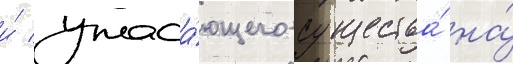
и́ ужаса́ющего существа́ на́